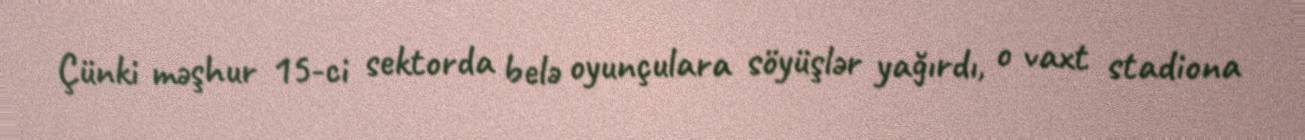
Çünki məşhur 15-ci sektorda belə oyunçulara söyüşlər yağırdı, o vaxt stadiona